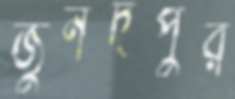
জুনদপুর